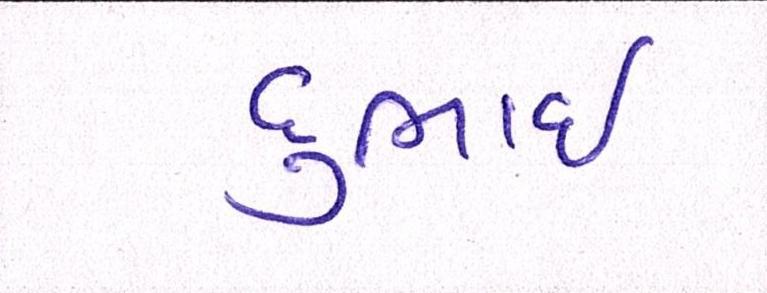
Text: દુભાઇ